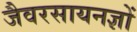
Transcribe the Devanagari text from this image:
जैवरसायनज्ञों